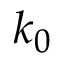
k _ { 0 }